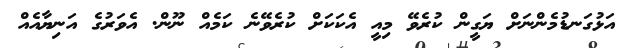
އަޅުގަނޑުމެންނަށް ޔަގީން ކުރެވޭ މިއީ އެކަކަށް ކުރެވޭނެ ކަމެއް ނޫން. އެވަރުގެ އަނިޔާއެއް